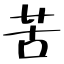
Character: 苦